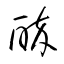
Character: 酔